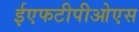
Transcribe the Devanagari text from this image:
ईएफटीपीओएस